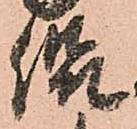
侃